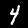
Label: 4